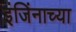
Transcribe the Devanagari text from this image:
इंजिंनाच्या